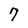
Character: 7